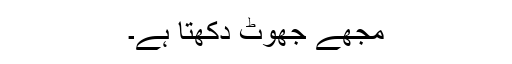
مجھے جھوٹ دکھتا ہے۔